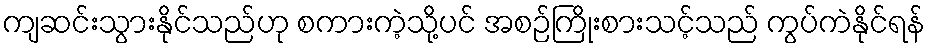
ကျဆင်းသွားနိုင်သည်ဟု စကားကဲ့သို့ပင် အစဉ်ကြိုးစားသင့်သည် ကွပ်ကဲနိုင်ရန်